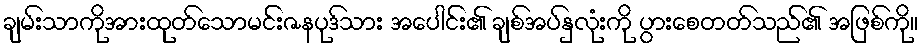
ချမ်းသာကိုအားထုတ်သောမင်းဇနပုဒ်သား အပေါင်း၏ ချစ်အပ်နှလုံးကို ပွားစေတတ်သည်၏ အဖြစ်ကို။